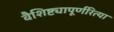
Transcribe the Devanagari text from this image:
वैशिष्ट्यापूर्णरित्या